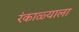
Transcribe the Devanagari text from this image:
रंकाळ्याला